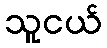
သူငယ်